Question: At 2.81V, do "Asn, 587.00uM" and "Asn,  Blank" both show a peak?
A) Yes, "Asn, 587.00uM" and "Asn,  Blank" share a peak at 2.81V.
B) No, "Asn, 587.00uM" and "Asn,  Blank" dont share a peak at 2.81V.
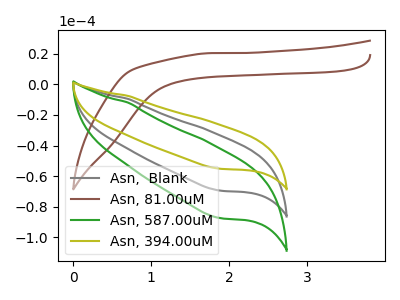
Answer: <think>The gray curve "Asn,  Blank" has no peaks. The brown curve "Asn, 81.00uM" has no peaks. The green curve "Asn, 587.00uM" has no peaks. The olive curve "Asn, 394.00uM" has no peaks.</think>
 <answer>B) No, "Asn, 587.00uM" and "Asn,  Blank" dont share a peak at 2.81V.</answer>
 <eval>B</eval>